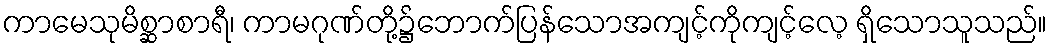
ကာမေသုမိစ္ဆာစာရီ၊ ကာမဂုဏ်တို့၌ဘောက်ပြန်သောအကျင့်ကိုကျင့်လေ့ ရှိသောသူသည်။